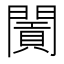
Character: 𨶛